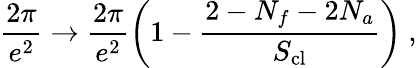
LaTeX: \frac{2\pi}{e^{2}}\rightarrow\frac{2\pi}{e^{2}}\left(1-\frac{2-N_{f}-2N_{a}}{S_{\mathrm{cl}}}\right)\ ,